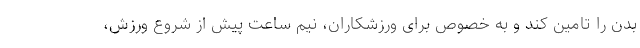
بدن را تامین کند و به خصوص برای ورزشکاران، نیم ساعت پیش از شروع ورزش،